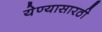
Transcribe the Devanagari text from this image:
येण्यासारठी